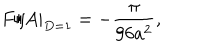
LaTeX: F / A | _ { D = 1 } = - { \frac { \pi } { 9 6 a ^ { 2 } } } ,